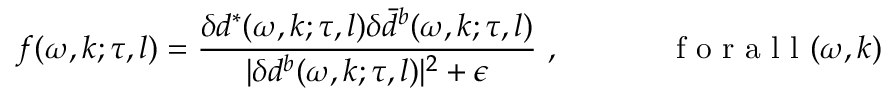
f ( \omega , k ; \tau , l ) = \frac { \delta d ^ { * } ( \omega , k ; \tau , l ) \delta \bar { d } ^ { b } ( \omega , k ; \tau , l ) } { | \delta d ^ { b } ( \omega , k ; \tau , l ) | ^ { 2 } + \epsilon } \mathrm { ~ , ~ ~ ~ ~ ~ ~ ~ ~ ~ ~ ~ f ~ o ~ r ~ a ~ l ~ l ~ } ( \omega , k )